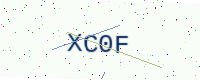
Text: XC0F